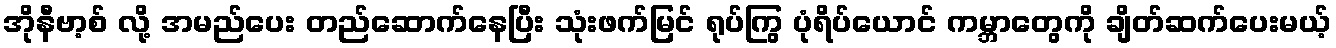
အိုနီဗာ့စ် လို့ အမည်ပေး တည်ဆောက်နေပြီး သုံးဖက်မြင် ရုပ်ကြွ ပုံရိပ်ယောင် ကမ္ဘာတွေကို ချိတ်ဆက်ပေးမယ့်